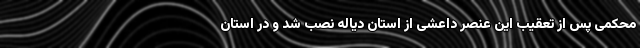
محکمی پس از تعقیب این عنصر داعشی از استان دیاله نصب شد و در استان